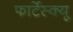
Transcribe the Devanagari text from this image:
फार्टेस्क्यू